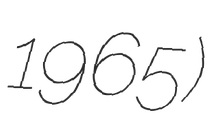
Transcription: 1965)